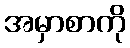
အမှာစာကို